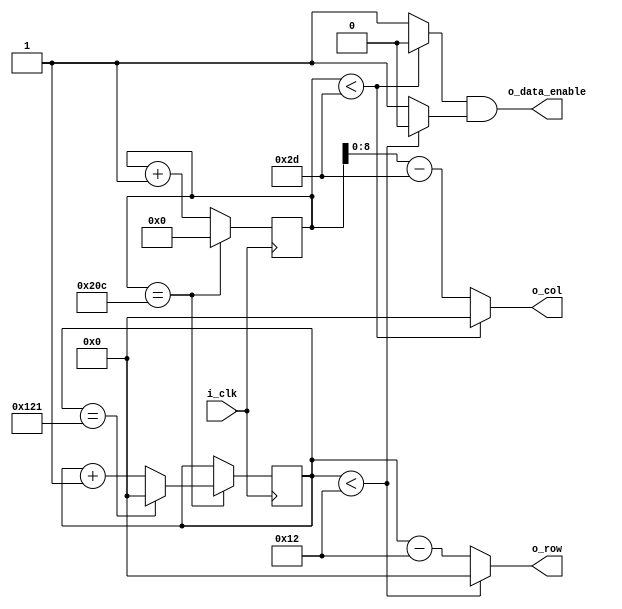
module data_enable (
    input i_clk,
    output o_data_enable,
	 output [8:0] o_col,
	 output [8:0] o_row
);

localparam TOTAL_HORIZONTAL = 525;
localparam TOTAL_VERTICAL = 290;
localparam HORIZONTAL_BLANKING = 45;
localparam VERTICAL_BLANKING = 18;

wire w_hsync;
wire w_vsync;
reg [9:0] r_hcounter = 0;
reg [8:0] r_vcounter = 0;

    always @ (posedge i_clk)
    begin
        if (r_hcounter == TOTAL_HORIZONTAL-1)
        begin
            r_hcounter <= 0;
            if(r_vcounter == TOTAL_VERTICAL-1) r_vcounter <= 0;
            else r_vcounter <= r_vcounter + 1;
        end
        else r_hcounter <= r_hcounter + 1;
    end

    assign w_hsync = r_hcounter < HORIZONTAL_BLANKING ? 1'b0 : 1'b1;
    assign w_vsync = r_vcounter < VERTICAL_BLANKING ? 1'b0 : 1'b1;
    assign o_data_enable = w_hsync & w_vsync;
	 
	 assign o_col = r_hcounter < HORIZONTAL_BLANKING ? 1'b0 : r_hcounter-HORIZONTAL_BLANKING;
	 assign o_row = r_vcounter < VERTICAL_BLANKING ? 1'b0 : r_vcounter-VERTICAL_BLANKING;

endmodule